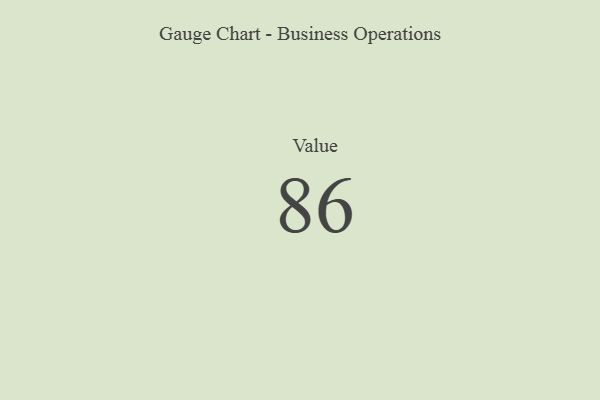
{"axis": {"x": "Metric", "y": "Value"}, "legend": [""], "data": [{"x": "Value", "y": 86, "type": ""}]}